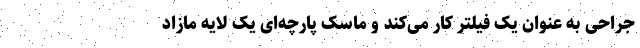
جراحی به عنوان یک فیلتر کار می‌کند و ماسک پارچه‌ای یک لایه مازاد